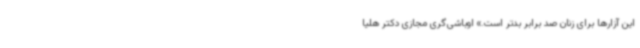
این آزارها برای زنان صد برابر بدتر است.» اوباشی‌گری مجازی دکتر هلیا